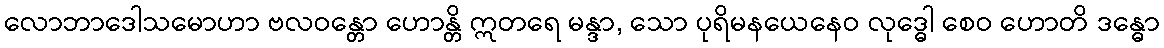
လောဘာဒေါသမောဟာ ဗလဝန္တော ဟောန္တိ ဣတရေ မန္ဒာ, သော ပုရိမနယေနေဝ လုဒ္ဓေါ စေဝ ဟောတိ ဒန္ဓော